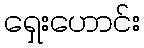
ရှေးဟောင်း